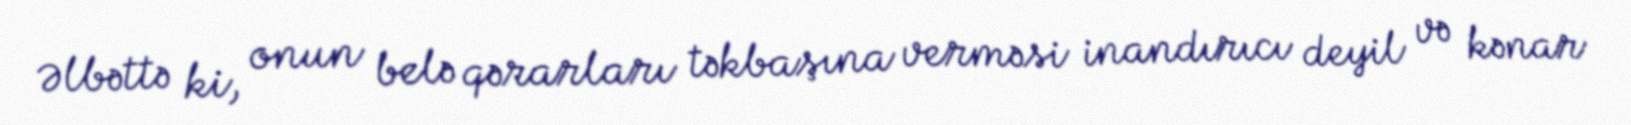
Əlbəttə ki, onun belə qərarları təkbaşına verməsi inandırıcı deyil və kənar